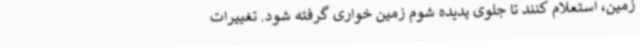
زمین، استعلام کنند تا جلوی پدیده شوم زمین خواری گرفته شود. تغییرات